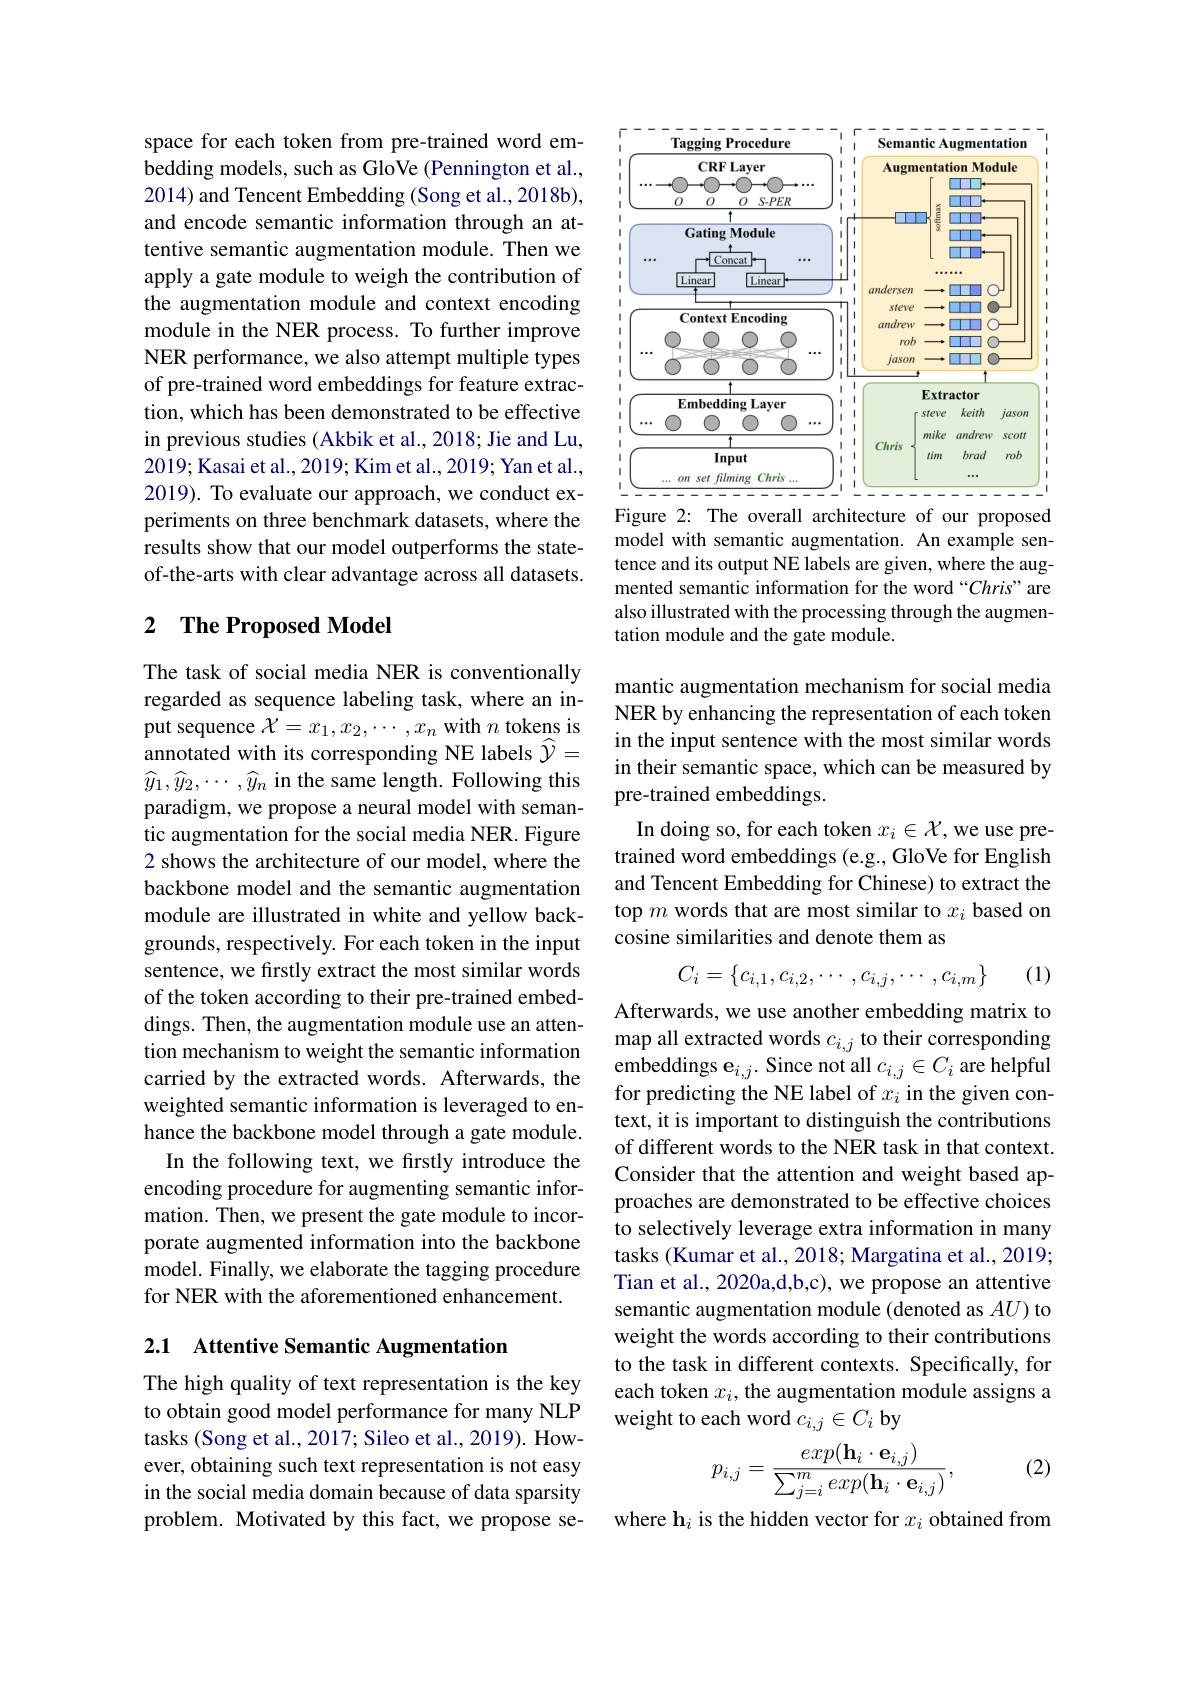
space for each token from pre-trained word embedding models, such as GloVe (Pennington et al., 2014) and Tencent Embedding (Song et al., 2018b), and encode semantic information through an attentive semantic augmentation module. Then we apply a gate module to weigh the contribution of the augmentation module and context encoding module in the NER process. To further improve NER performance, we also attempt multiple types of pre-trained word embeddings for feature extraction, which has been demonstrated to be effective in previous studies (Akbik et al., 2018; Jie and Lu, 2019; Kasai et al., 2019; Kim et al., 2019; Yan et al., 2019). To evaluate our approach, we conduct experiments on three benchmark datasets, where the results show that our model outperforms the stateof-the-arts with clear advantage across all datasets.

## 2 $\textbf{The Proposed Model}$

The task of social media NER is conventionally regarded as sequence labeling task, where an input sequence $\mathcal{X}=x_1,x_2,\cdots,x_n$ with $n$ tokens is annotated with its corresponding NE labels $\widehat{\mathcal{Y}}=$ $\widehat{y}_1,\widehat{y}_2,\cdots,\widehat{y}_n$ in the same length. Following this paradigm, we propose a neural model with semantic augmentation for the social media NER. Figure 2 shows the architecture of our model, where the backbone model and the semantic augmentation module are illustrated in white and yellow backgrounds, respectively. For each token in the input sentence, we firstly extract the most similar words of the token according to their pre-trained embeddings. Then, the augmentation module use an attention mechanism to weight the semantic information carried by the extracted words. Afterwards, the weighted semantic information is leveraged to enhance the backbone model through a gate module.
In the following text, we firstly introduce the encoding procedure for augmenting semantic information. Then, we present the gate module to incorporate augmented information into the backbone model. Finally, we elaborate the tagging procedure for NER with the aforementioned enhancement.

2.1 Attentive Semantic Augmentation

The high quality of text representation is the key to obtain good model performance for many NLP tasks (Song et al., 2017; Sileo et al., 2019). However, obtaining such text representation is not easy in the social media domain because of data sparsity problem. Motivated by this fact, we propose se-

<FigureHere>
Figure 2: The overall architecture of our proposed

model with semantic augmentation. An example sentence and its output NE labels are given, where the augmented semantic information for the word “Chris” are also illustrated with the processing through the augmentation module and the gate module.

mantic augmentation mechanism for social media NER by enhancing the representation of each token in the input sentence with the most similar words in their semantic space, which can be measured by pre-trained embeddings.
In doing so, for each token $x_i\in\mathcal{X}$,we use pretrained word embeddings (e.g., GloVe for English and Tencent Embedding for Chinese) to extract the top $m$ words that are most similar to $x_i$ based on cosine similarities and denote them as

(1)
$$C_i=\{c_{i,1},c_{i,2},\cdots,c_{i,j},\cdots,c_{i,m}\}$$
Afterwards, we use another embedding matrix to $\operatorname*{map}$ all extracted words $c_i,j$ to their corresponding ${\mathrm{embeddings~e}}_{i,j}.{\mathrm{~Since~not~all~}}c_{i,j}\in C_{i}{\mathrm{~are~helpful}}$ for predicting the NE label of $x_i$ in the given context, it is important to distinguish the contributions of different words to the NER task in that context. Consider that the attention and weight based approaches are demonstrated to be effective choices to selectively leverage extra information in many tasks (Kumar et al., 2018; Margatina et al., 2019; Tian et al., 2020a,d,b,c), we propose an attentive semantic augmentation module (denoted as $AU)$ to weight the words according to their contributions to the task in different contexts. Specifically, for each token $x_i$, the augmentation module assigns a weight to each word $c_{i,j}\in C_i$ by
$$p_{i,j}=\frac{exp(\mathbf{h}_{i}\cdot\mathbf{e}_{i,j})}{\sum_{j=i}^{m}exp(\mathbf{h}_{i}\cdot\mathbf{e}_{i,j})},$$
(2)

where h$_i$ is the hidden vector for $x_i$ obtained from